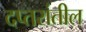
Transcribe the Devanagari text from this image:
दप्तरांतील